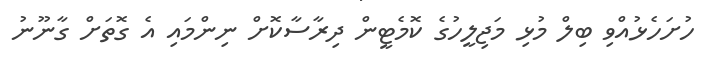
ހުށަހެޅުއްވި ބިލް މުޅި މަޖިލީހުގެ ކޮމެޓީން ދިރާސާކޮށް ނިންމައި އެ ގޮތަށް ގާނޫނު